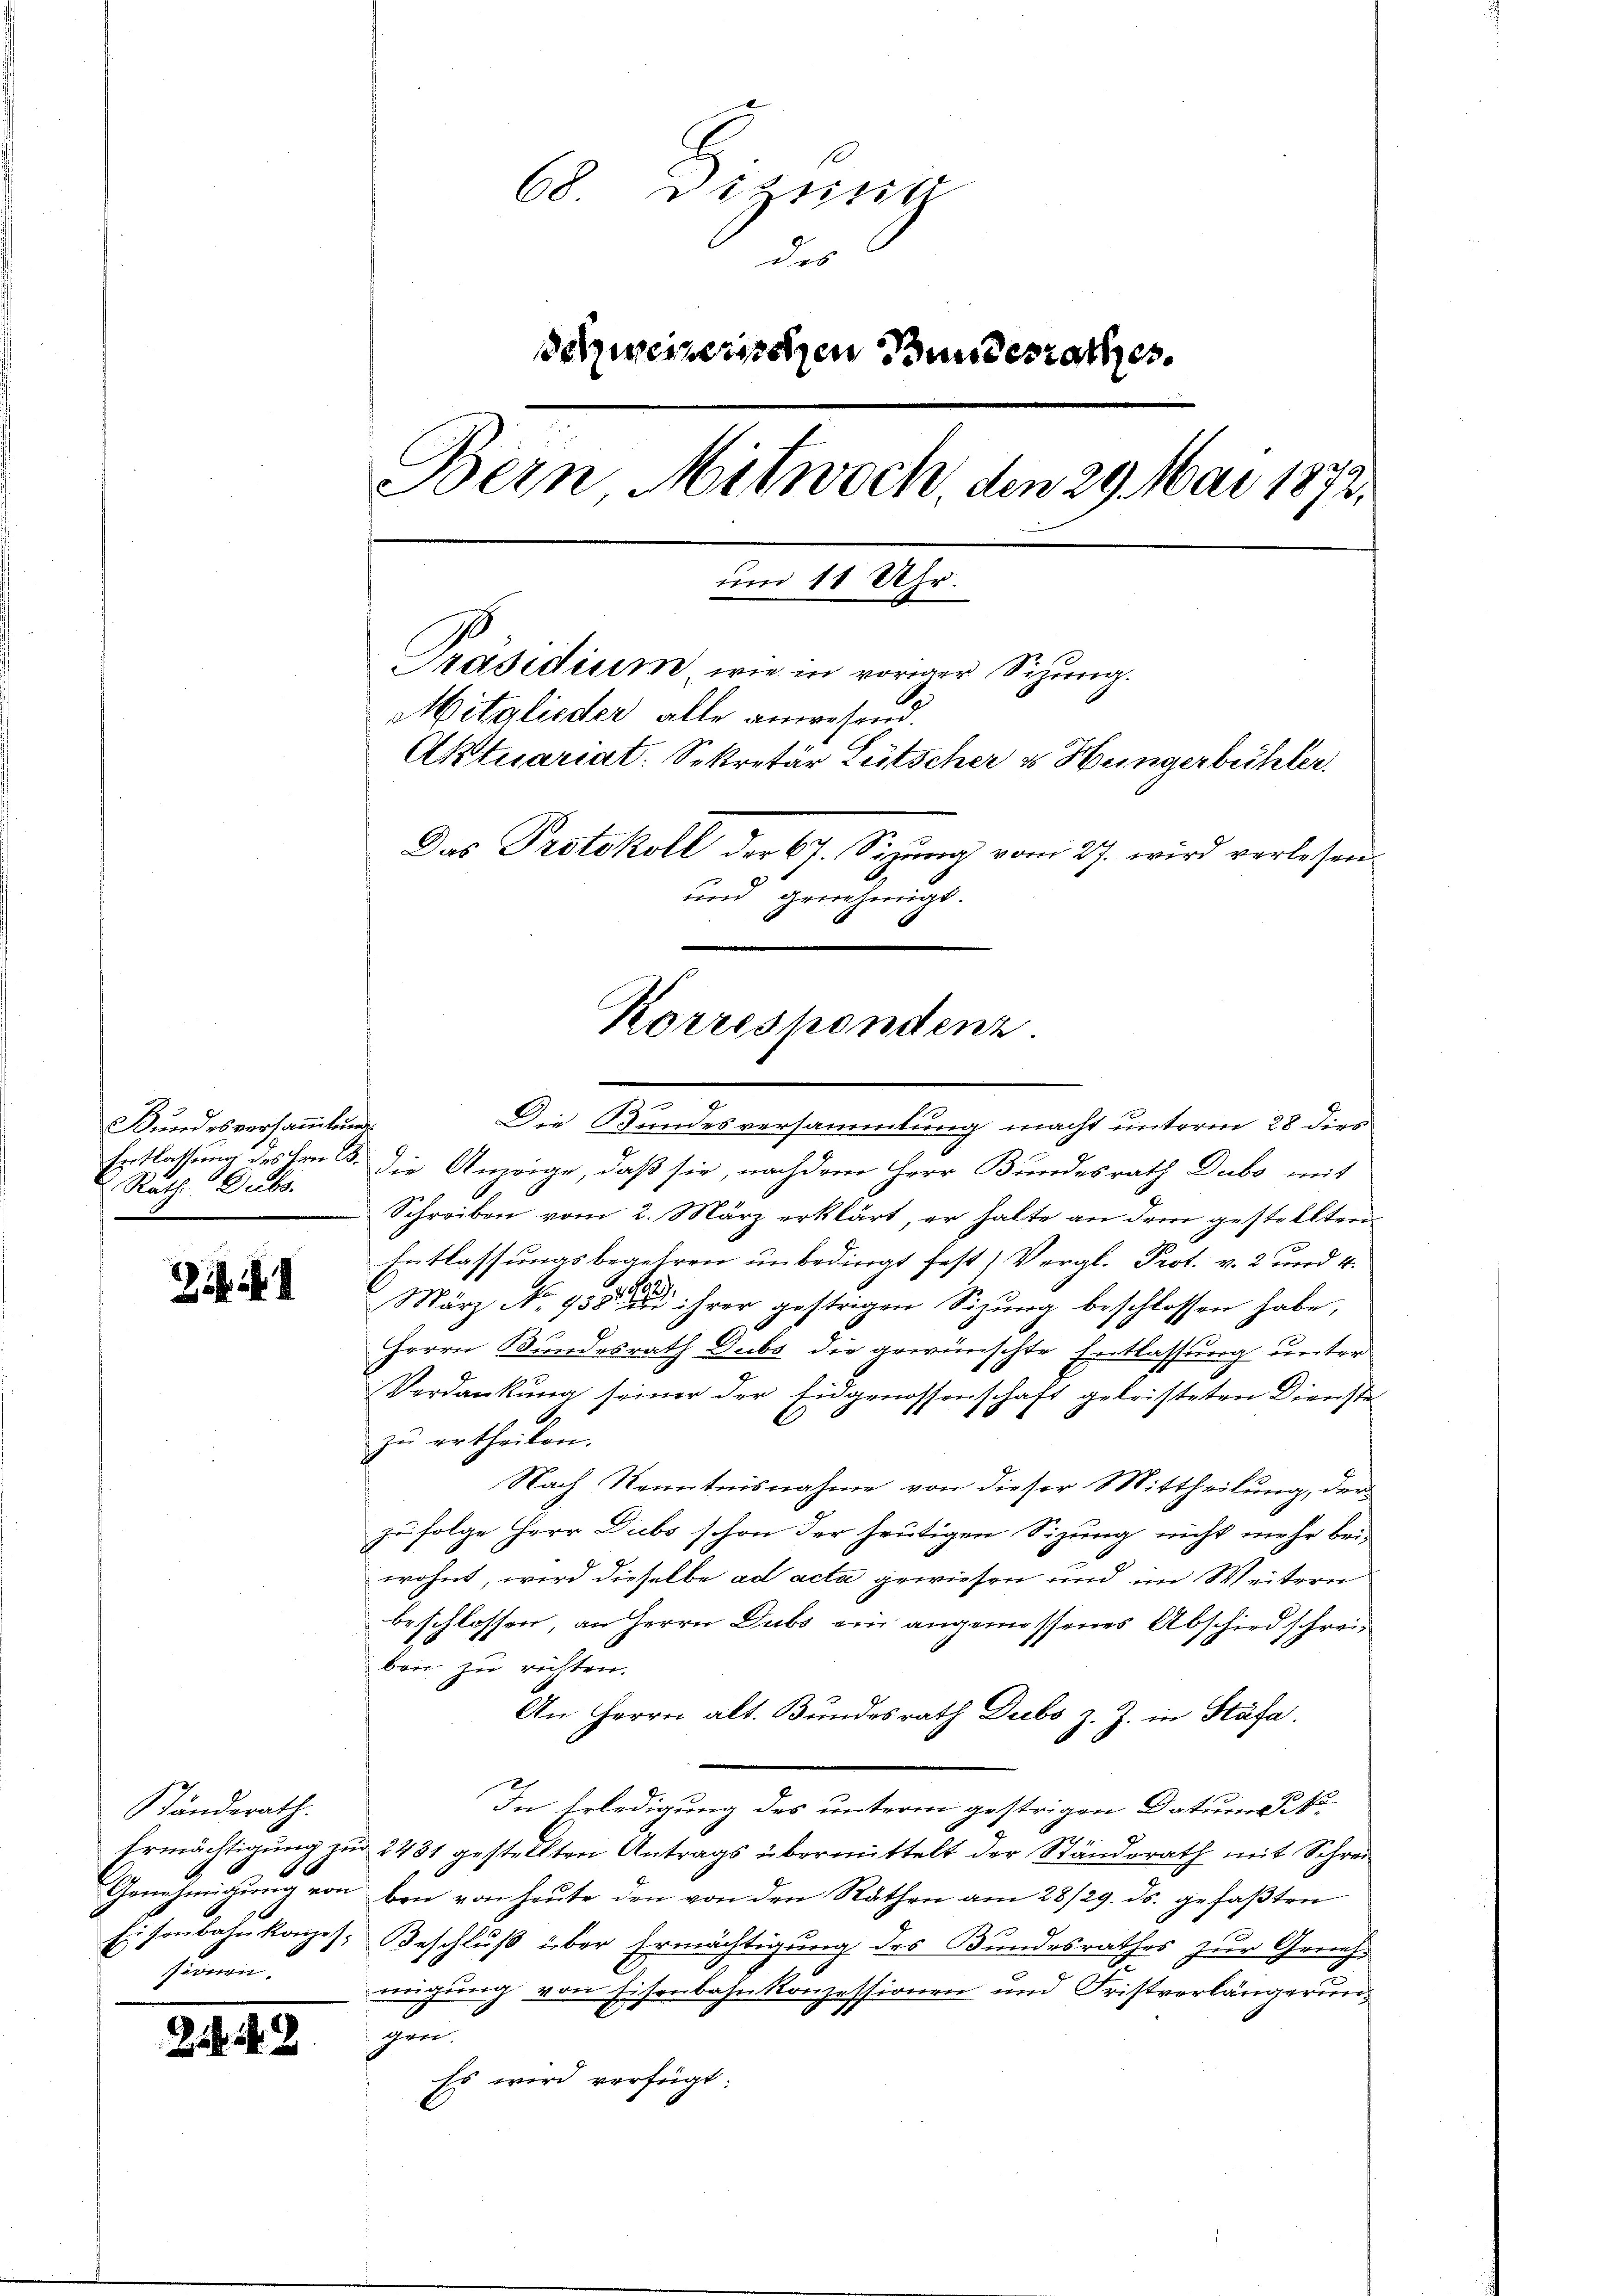
Bundesversammlung
Rath Subs

Zifi

Ständerath.
sionen.

21.

68. Dezeitig
des
dehweizerischen Bundesrathes.
Bern Mitwoch, den 29. Mai 1872.
um 11 Uhr.
Präsidium, wie in voriger Sitzung.
Mitglieder alle anwesend.
Aktuariat. Sekretär Lütscher & Hungerbühler.
Das Protokoll der 67. Sizung vom 27. wird verlesen
und genehmigt.
Korreshondenz.

a

Die Bundesversammlung macht unterm 28 dies
Entlassung des Hrn. B. die Anzeige, daß sie, nachdem Herr Bundesrath Dubo mit
Schreiben vom 2. März erklärt, er hatte an dem gestellten
Entlassungsbegehren unbedingt fest, Vergl. Prot. v. 2 und 4.
März No 958 in ihrer gestrigen Sizung beschlossen habe,
Herrn Bundesrath Dubs die gewünschte Entlassung unter
Verdankung seiner der Eidgenossenschaft geleisteten Dienste
zŭ ertheilen.
Nach Kenntnisnahme von dieser Mittheilung, derzufolge Herr Dubs schon der heutigen Sizung nicht mehr beiwohnt, wird dieselbe ad acta gewiesen und im Weitern
beschlossen, an Herrn Dubs ein angemessenes Abschied schreibair zu richten.
An Herrn alt. Bundesrath Diebs z. Z. in Stäfa.
In Erledigung des unterm gestrigen Datum k
Ermächtigung zur 2481 gestellten Antrags übermittelt der Ständerath mit Schrei¬
Genehmigung von von von heute den von den Rathen am 28/29. ds. gefaßten
Eisenbahnkonzes. Beschluß über Ermächtigung des Bundesrathes zur Geneh¬
.
migung von Eisenbahnkonzessionen und Fristverlängerung
grei
Es wird verfügt: